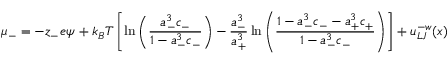
\mu _ { - } = - z _ { - } e \psi \, + k _ { B } T \left[ \ln \left( { \frac { a _ { - } ^ { 3 } c _ { - } } { 1 - a _ { - } ^ { 3 } c _ { - } } } \right) - \frac { a _ { - } ^ { 3 } } { a _ { + } ^ { 3 } } \ln \left( { \frac { 1 - a _ { - } ^ { 3 } c _ { - } - a _ { + } ^ { 3 } c _ { + } } { 1 - a _ { - } ^ { 3 } c _ { - } } } \right) \right] + u _ { L J } ^ { - w } ( x )